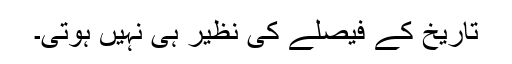
تاریخ کے فیصلے کی نظیر ہی نہیں ہوتی۔